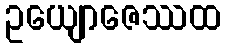
ဥယျောဇေဿထ